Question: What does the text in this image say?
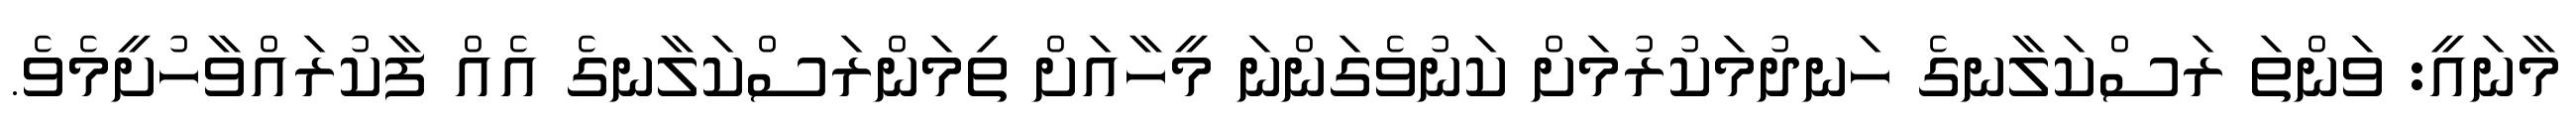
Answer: މާނައީ: ވަންތަ ރަސްކަލާނގެ ހަނދުމަކުރުމަށް ކަނުވެގަންނަ މީހާއަށް ތިމަންރަސްކަލާނގެ އެއް ފާކުރައްވާހުށީމެވެ.